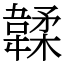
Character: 韖